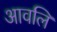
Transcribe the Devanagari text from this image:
आवलि